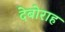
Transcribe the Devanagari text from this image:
देबोराह